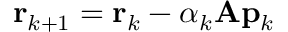
\mathbf { r } _ { k + 1 } = \mathbf { r } _ { k } - \alpha _ { k } \mathbf { A } \mathbf { p } _ { k }